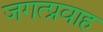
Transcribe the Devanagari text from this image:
जगत्प्रवाह